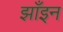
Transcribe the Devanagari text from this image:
झाँइन